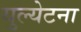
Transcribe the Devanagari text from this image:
युल्येटना